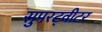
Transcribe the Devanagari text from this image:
सुपरट्वीटर